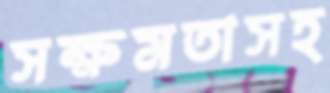
সক্ষমতাসহ